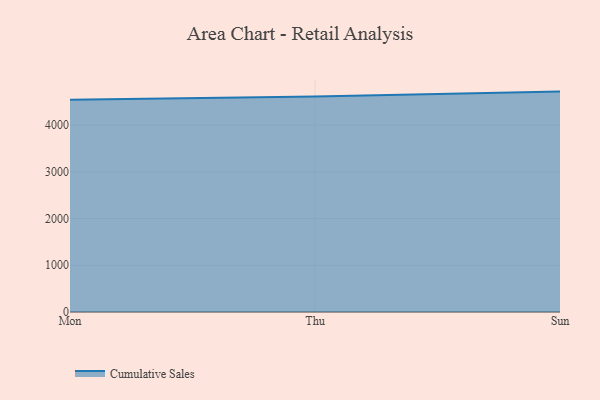
{"axis": {"x": "Day", "y": "Latency (ms)"}, "legend": ["Cumulative Sales"], "data": [{"x": "Mon", "y": 4541.8, "type": "Cumulative Sales"}, {"x": "Thu", "y": 4610.9, "type": "Cumulative Sales"}, {"x": "Sun", "y": 4716.0, "type": "Cumulative Sales"}]}